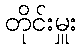
တိုင်းမှူး